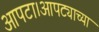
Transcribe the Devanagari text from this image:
आपटा।आपट्याच्या